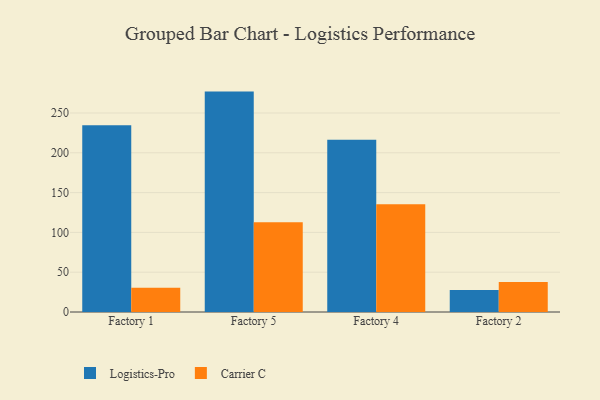
{"axis": {"x": "Factory", "y": "Customer Acquisition Cost (USD)"}, "legend": ["Carrier C", "Logistics-Pro"], "data": [{"x": "Factory 1", "y": 234.6, "type": "Logistics-Pro"}, {"x": "Factory 1", "y": 30.6, "type": "Carrier C"}, {"x": "Factory 5", "y": 276.9, "type": "Logistics-Pro"}, {"x": "Factory 5", "y": 112.8, "type": "Carrier C"}, {"x": "Factory 4", "y": 216.3, "type": "Logistics-Pro"}, {"x": "Factory 4", "y": 135.3, "type": "Carrier C"}, {"x": "Factory 2", "y": 27.7, "type": "Logistics-Pro"}, {"x": "Factory 2", "y": 37.8, "type": "Carrier C"}]}